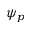
\psi _ { p }